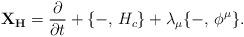
LaTeX: \begin{align*}{\bf X_{H}} = {\partial \over \partial t} + \{ -, \, H_{c} \} + \lambda_{\mu}\{ -, \, \phi^{\mu}\}.\end{align*}